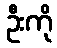
ဦးကို